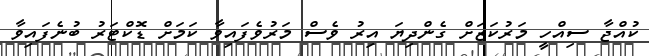
ކުއްޖާ ސިއްހީ މަރުކަޒަށް ގެންދިޔަ އިރު ވެސް މަރުވެފައިވާ ކަމަށް ޑޮކްޓަރު ބުނެފައިވާ